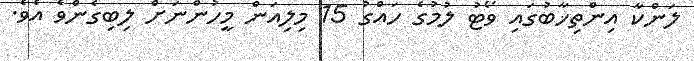
ލަންކާ އިންތިޚާބުގައި ވޯޓު ލުމުގެ ހައްގު 15 މިލިއަން މީހުންނަށް ލިބިގެންވެ އެވެ.